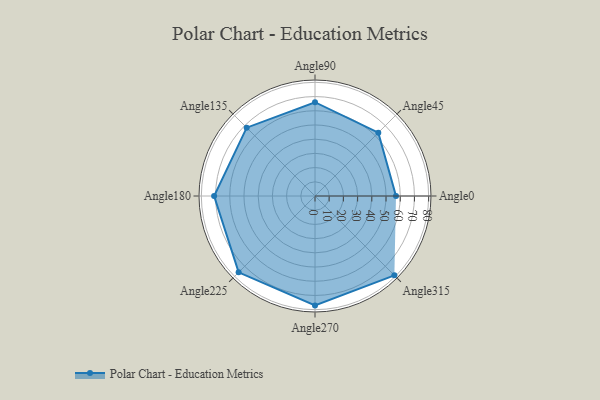
{"axis": {"x": "Angle", "y": "Radius"}, "legend": [""], "data": [{"x": "Angle0", "y": 57.0, "type": ""}, {"x": "Angle45", "y": 63.0, "type": ""}, {"x": "Angle90", "y": 66.0, "type": ""}, {"x": "Angle135", "y": 68.0, "type": ""}, {"x": "Angle180", "y": 71.0, "type": ""}, {"x": "Angle225", "y": 76.0, "type": ""}, {"x": "Angle270", "y": 77.0, "type": ""}, {"x": "Angle315", "y": 79.0, "type": ""}]}